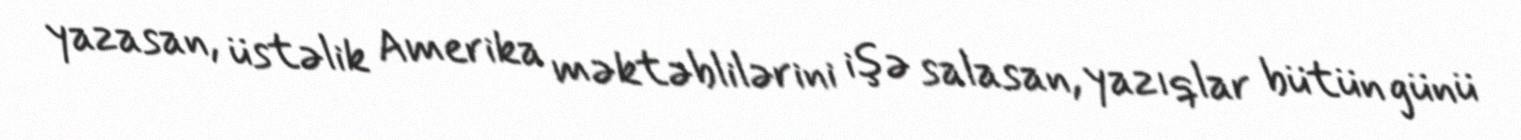
yazasan, üstəlik Amerika məktəblilərini işə salasan, yazıqlar bütün günü